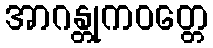
အာဂန္တုကဝတ္တေ